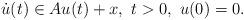
LaTeX: \begin{align*}\dot{u} (t)\in A u(t) +x,\, \, t>0,\,\, u(0)=0.\end{align*}